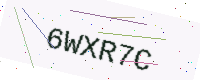
Text: 6WXR7C